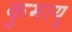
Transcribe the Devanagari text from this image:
कुमायू